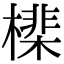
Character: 𣚡